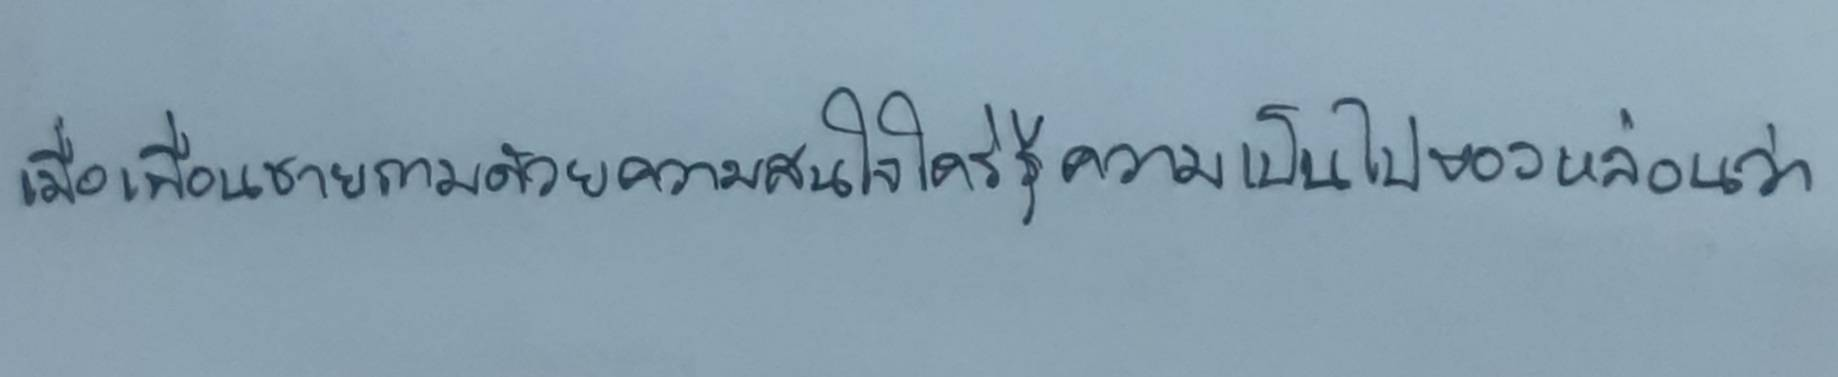
เมื่อเพื่อนชายถามด้วยความสนใจใคร่รู้ความเป็นไปของหล่อนว่า